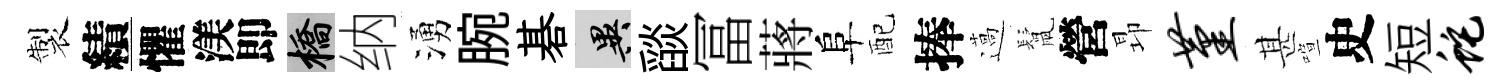
製績懼渼即橋纳湧腕碁异𦦨冨蔣阜配捧薖鬛營昻堇甚喧史短蛇